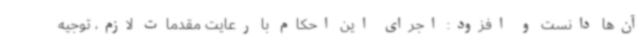
آن‌ها دانست و افزود: اجرای این احکام با رعایت مقدمات لازم، توجیه